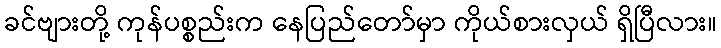
ခင်ဗျားတို့ ကုန်ပစ္စည်းက နေပြည်တော်မှာ ကိုယ်စားလှယ် ရှိပြီလား။